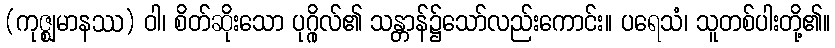
(ကုဇ္ဈမာနဿ) ဝါ၊ စိတ်ဆိုးသော ပုဂ္ဂိုလ်၏ သန္တာန်၌သော်လည်းကောင်း။ ပရေသံ၊ သူတစ်ပါးတို့၏။